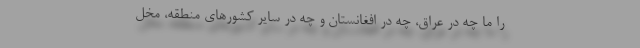
را ما چه در عراق، چه در افغانستان و چه در سایر کشورهای منطقه، مخل